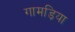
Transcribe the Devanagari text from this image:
गामड़िया